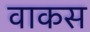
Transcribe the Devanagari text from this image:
वाकस